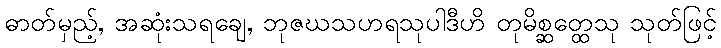
ဓာတ်မှည့်, အဆုံးသရချေ, ဘုဇဃသဟရသုပါဒီဟိ တုမိစ္ဆတ္ထေသု သုတ်ဖြင့်